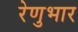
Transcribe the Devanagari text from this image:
रेणुभार